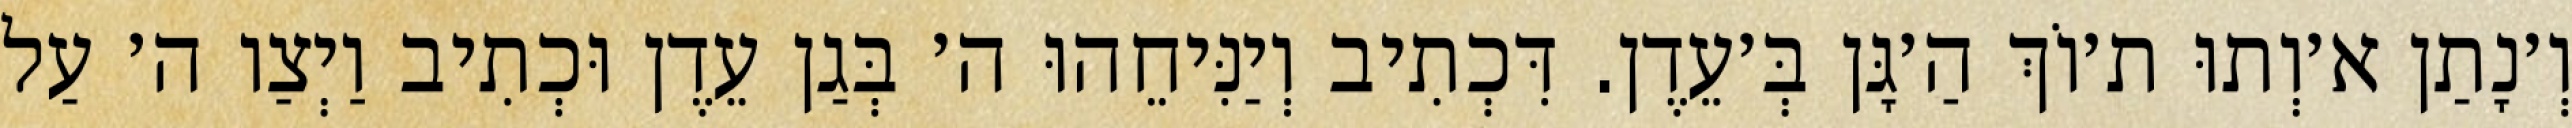
וְ׳נָתַן א׳וְתוּ ת׳וֹךְ הַ׳גָּן בְּ׳עֵדֶן. דִּכְתִיב וְיַנִּיחֵהוּ ה׳ בְּגַן עֵדֶן וּכְתִיב וַיְצַו ה׳ עַל